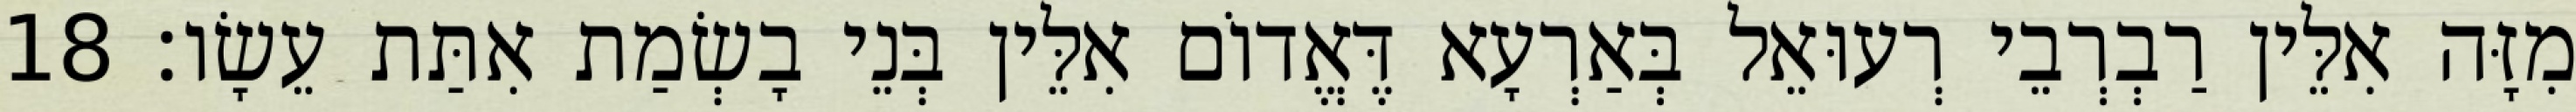
מִזָּה אִלֵּין רַבְרְבֵי רְעוּאֵל בְּאַרְעָא דֶּאֱדוֹם אִלֵּין בְּנֵי בָשְׂמַת אִתַּת עֵשָׂו׃ 18